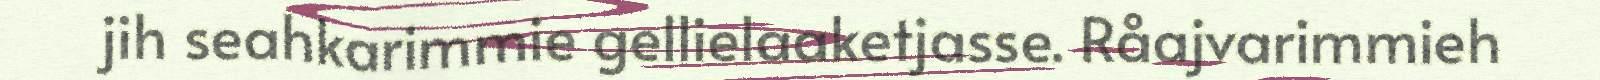
jih seahkarimmie gellielaaketjasse. Råajvarimmieh